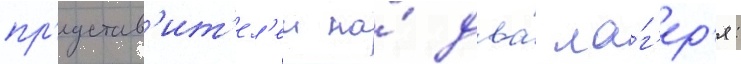
пр'едстав'ит'ел'еи на́ два́ ла́г'ер'я: